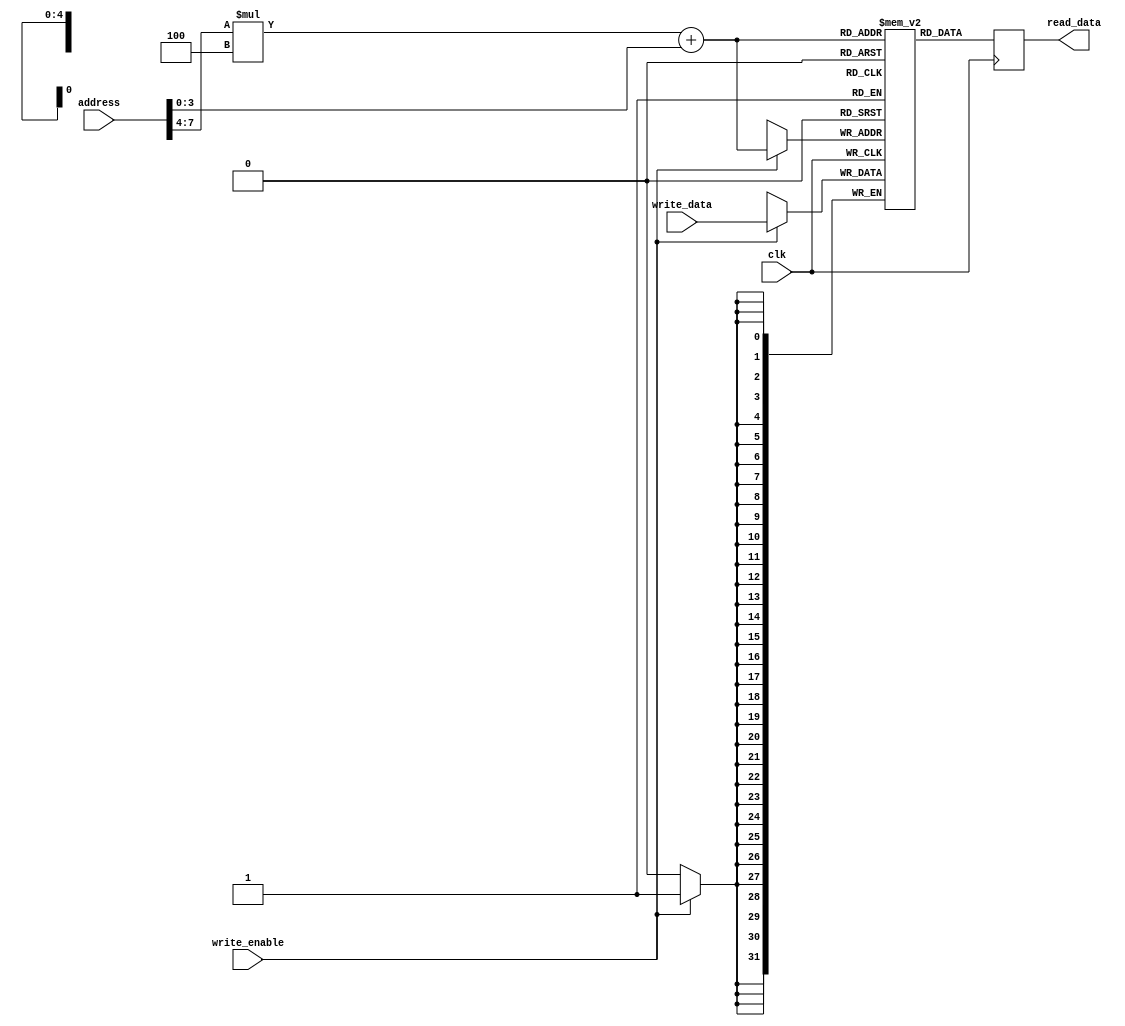
module circular_buffer(
    input wire clk,
    input wire write_enable,
    input wire [31:0] write_data,
    input wire [31:0] address,
    output reg [31:0] read_data
);

parameter BLOCK_SIZE = 4;
parameter NUM_BLOCKS = 8;

reg [31:0] memory [NUM_BLOCKS-1:0][BLOCK_SIZE-1:0];

always @(posedge clk) begin
    if (write_enable) begin
        memory[address[NUM_BLOCKS-1:BLOCK_SIZE]][address[BLOCK_SIZE-1:0]] <= write_data;
    end
    read_data <= memory[address[NUM_BLOCKS-1:BLOCK_SIZE]][address[BLOCK_SIZE-1:0]];
end

endmodule